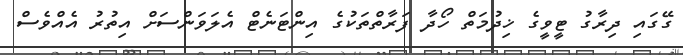
ގޭގައި ދިރާގު ޓީވީގެ ޚިދުމަތް ހޯދާ ފަރާތްތަކުގެ އިންޓަނެޓް އެލަވަންސަށް އިތުރު އެއްވެސް